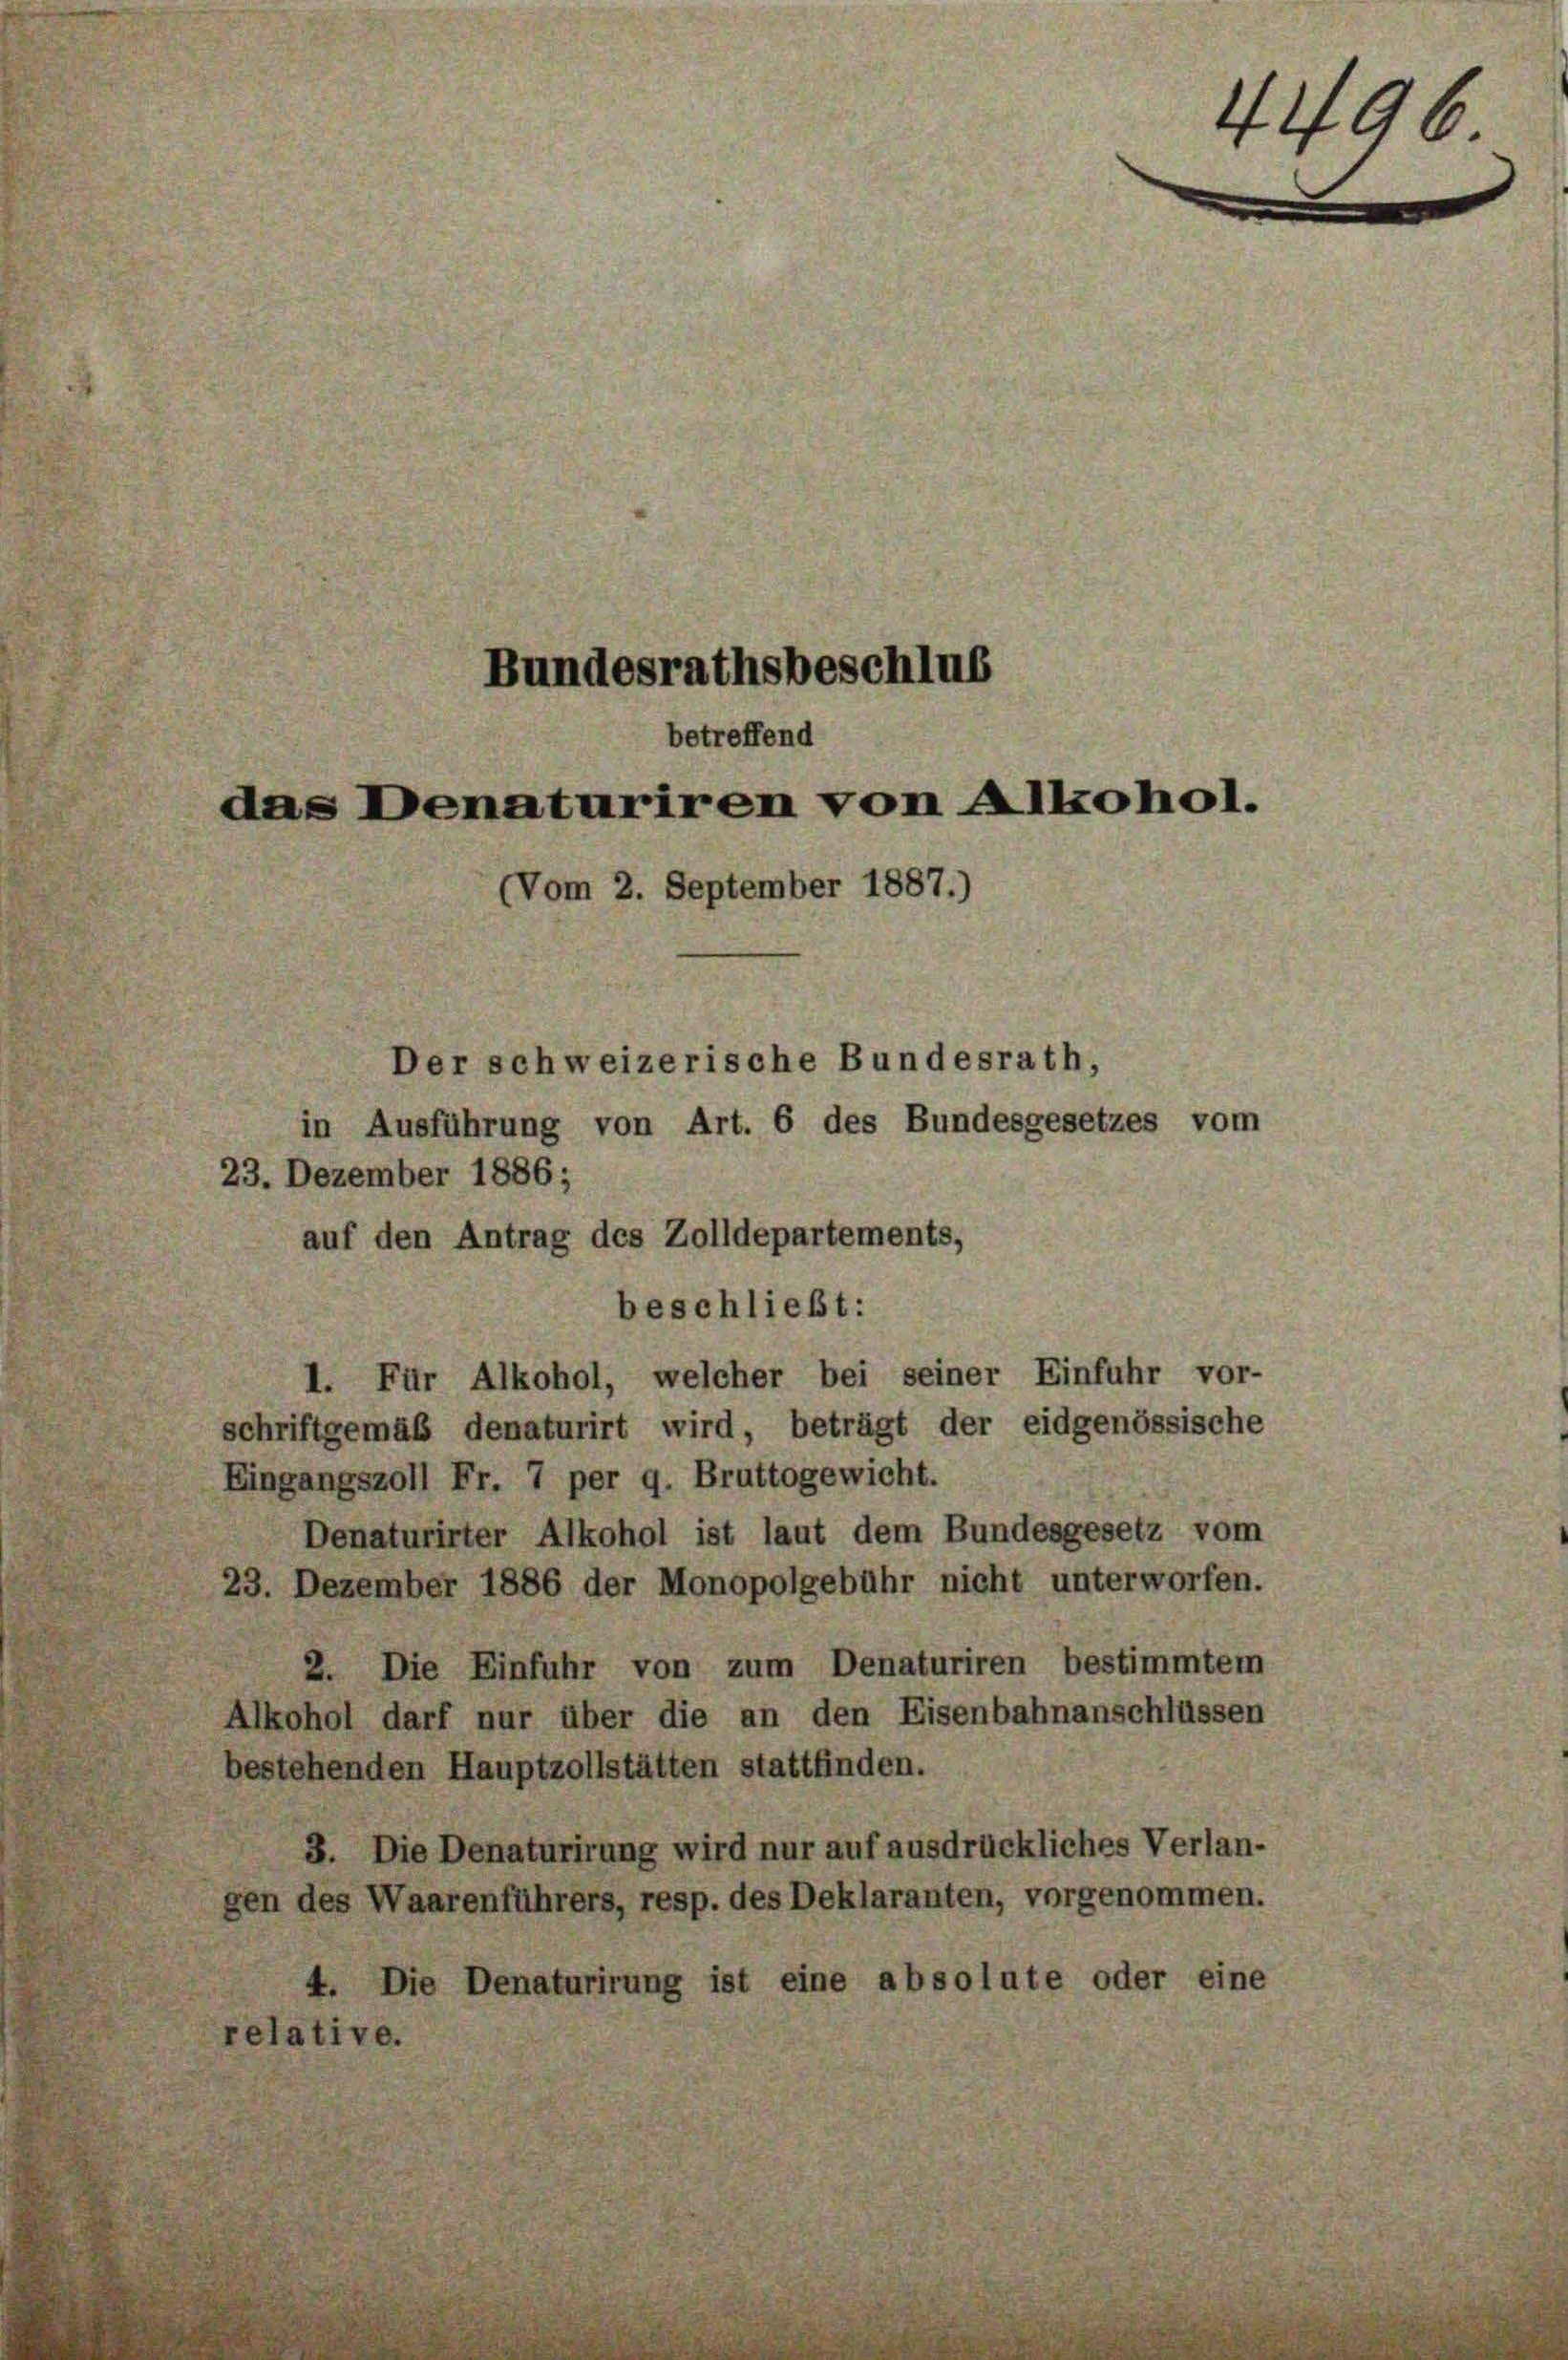
Bundesrathsbeschlus
betreffend
das Denaturiren von Alkohol.
(Vom 2. September 1887.)
Der schweizerische Bundesrath,
in Ausführung von Art. 6 des Bundesgesetzes vom
23. Dezember 1886;

auf den Antrag des Zolldepartements,
beschließt:
1. Für Alkohol, welcher bei seiner Einfuhr vor-
schriftgemäß denaturirt wird, beträgt der eidgenössische
Eingangszoll Fr. 7 per 9. Bruttogewicht.
Denaturirter Alkohol ist laut dem Bundesgesetz vom
23. Dezember 1886 der Monopolgebühr nicht unterworfen.
2. Die Einfuhr von zum Denaturiren bestimmtem
Alkohol darf nur über die an den Eisenbahnanschlüssen
bestehenden Hauptzollstätten stattfinden.
3. Die Denaturirung wird nur auf ausdrückliches Verlan-
gen des Waarenführers, resp. des Deklaranten, vorgenommen.
4. Die Denaturirung ist eine absolute oder eine
relative.

4496.